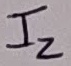
Text: I2